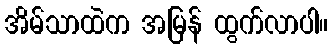
အိမ်သာထဲက အမြန် ထွက်လာပါ။